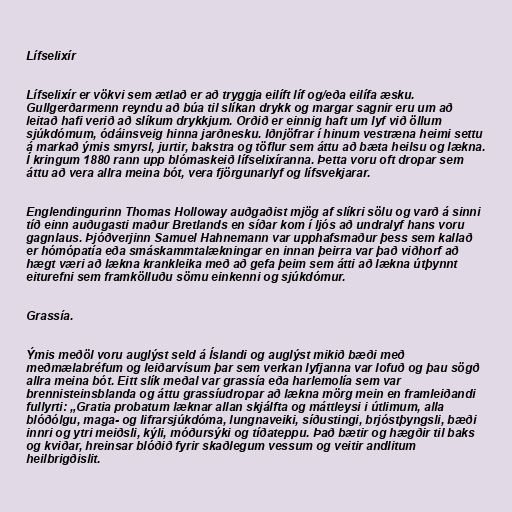
Lífselixír

Lífselixír er vökvi sem ætlað er að tryggja eilíft líf og/eða eilífa æsku.
Gullgerðarmenn reyndu að búa til slíkan drykk og margar sagnir eru um að
leitað hafi verið að slíkum drykkjum. Orðið er einnig haft um lyf við öllum
sjúkdómum, ódáinsveig hinna jarðnesku. Iðnjöfrar í hinum vestræna heimi settu
á markað ýmis smyrsl, jurtir, bakstra og töflur sem áttu að bæta heilsu og lækna.
Í kringum 1880 rann upp blómaskeið lífselixíranna. Þetta voru oft dropar sem
áttu að vera allra meina bót, vera fjörgunarlyf og lífsvekjarar.

Englendingurinn Thomas Holloway auðgaðist mjög af slíkri sölu og varð á sinni
tíð einn auðugasti maður Bretlands en síðar kom í ljós að undralyf hans voru
gagnlaus. Þjóðverjinn Samuel Hahnemann var upphafsmaður þess sem kallað
er hómópatía eða smáskammtalækningar en innan þeirra var það viðhorf að
hægt væri að lækna krankleika með að gefa þeim sem átti að lækna útþynnt
eiturefni sem framkölluðu sömu einkenni og sjúkdómur.

Grassía.

Ýmis meðöl voru auglýst seld á Íslandi og auglýst mikið bæði með
meðmælabréfum og leiðarvísum þar sem verkan lyfjanna var lofuð og þau sögð
allra meina bót. Eitt slík meðal var grassía eða harlemolía sem var
brennisteinsblanda og áttu grassíudropar að lækna mörg mein en framleiðandi
fullyrti: „Gratia probatum læknar allan skjálfta og máttleysi i útlimum, alla
blóðólgu, maga- og lifrarsjúkdóma, lungnaveiki, síðustingi, brjóstþyngsli, bæði
innri og ytri meiðsli, kýli, móðursýki og tíðateppu. Það bætir og hægðir til baks
og kviðar, hreinsar blóðið fyrir skaðlegum vessum og veitir andlitum
heilbrigðislit.